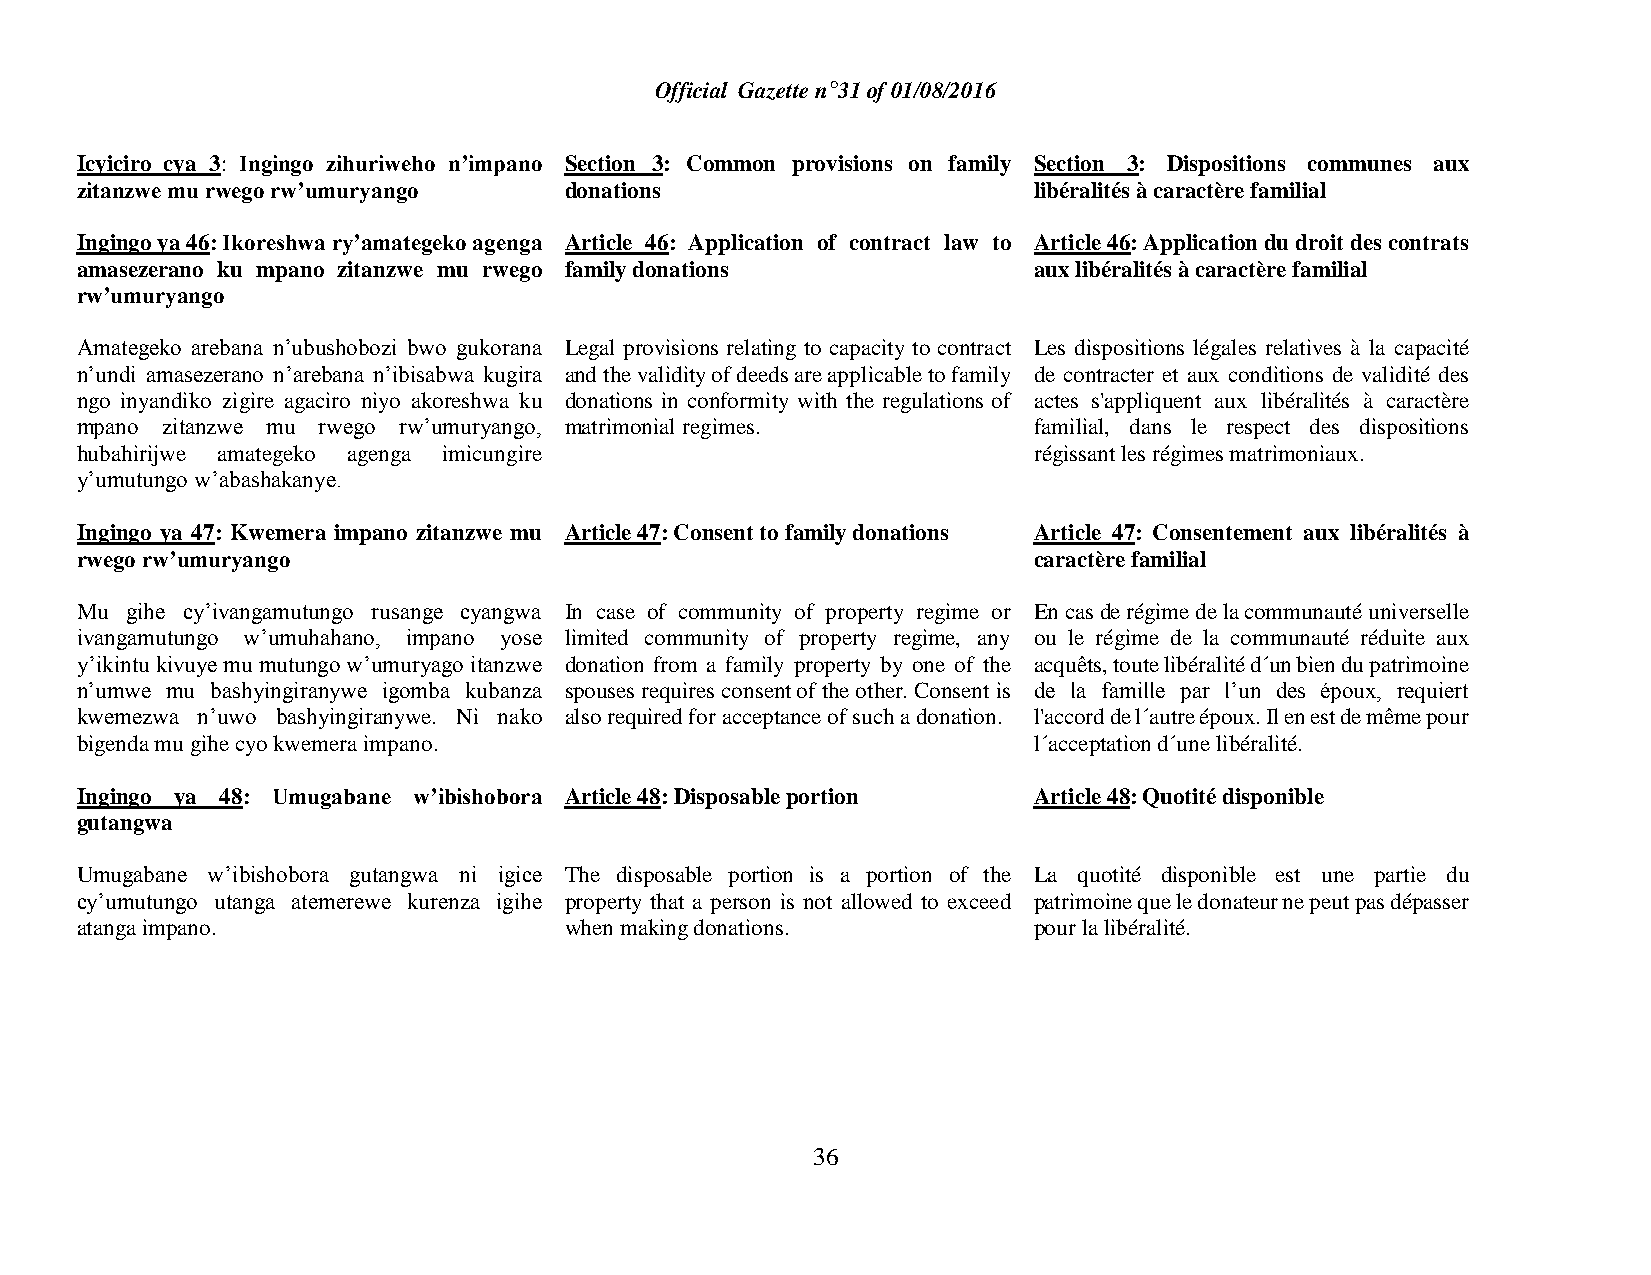
Official Gazette n°31 of 01/08/2016
 Icyiciro cya 3: Ingingo zihuriweho n’impano Section 3: Common provisions on family Section 3: Dispositions communes aux
 zitanzwe mu rwego rw’umuryango  donations                      libéralités à caractère familial
 Ingingo ya 46: Ikoreshwa ry’amategeko agenga Article 46: Application of contract law to Article 46: Application du droit des contrats
 amasezerano ku mpano zitanzwe mu rwego family donations        aux libéralités à caractère familial
 rw’umuryango
 Amategeko arebana n’ubushobozi bwo gukorana Legal provisions relating to capacity to contract Les dispositions légales relatives à la capacité
 n’undi amasezerano n’arebana n’ibisabwa kugira and the validity of deeds are applicable to family de contracter et aux conditions de validité des
 ngo inyandiko zigire agaciro niyo akoreshwa ku donations in conformity with the regulations of actes s'appliquent aux libéralités à caractère
 mpano zitanzwe mu rwego rw’umuryango, matrimonial regimes.     familial, dans le respect des dispositions
 hubahirijwe amategeko agenga imicungire                        régissant les régimes matrimoniaux.
 y’umutungo w’abashakanye.
 Ingingo ya 47: Kwemera impano zitanzwe mu Article 47: Consent to family donations Article 47: Consentement aux libéralités à
 rwego rw’umuryango                                             caractère familial
 Mu gihe cy’ivangamutungo rusange cyangwa In case of community of property regime or En cas de régime de la communauté universelle
 ivangamutungo w’umuhahano, impano yose limited community of property regime, any ou le régime de la communauté réduite aux
 y’ikintu kivuye mu mutungo w’umuryago itanzwe donation from a family property by one of the acquêts, toute libéralité d´un bien du patrimoine
 n’umwe mu bashyingiranywe igomba kubanza spouses requires consent of the other. Consent is de la famille par l’un des époux, requiert
 kwemezwa n’uwo bashyingiranywe. Ni nako also required for acceptance of such a donation. l'accord de l´autre époux. Il en est de même pour
 bigenda mu gihe cyo kwemera impano.                            l´acceptation d´une libéralité.
 Ingingo ya 48: Umugabane w’ibishobora Article 48: Disposable portion Article 48: Quotité disponible
 gutangwa
 Umugabane w’ibishobora gutangwa ni igice The disposable portion is a portion of the La quotité disponible est une partie du
 cy’umutungo utanga atemerewe kurenza igihe property that a person is not allowed to exceed patrimoine que le donateur ne peut pas dépasser
 atanga impano.                  when making donations.         pour la libéralité.
 36